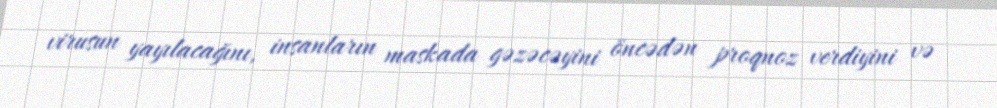
virusun yayılacağını, insanların maskada gəzəcəyini öncədən proqnoz verdiyini və